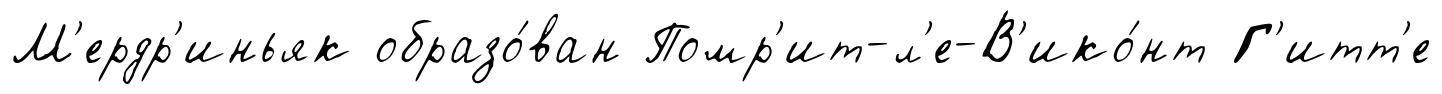
М'ердр'иньяк образо́ван Помр'ит-л'е-В'ико́нт Г'итт'е